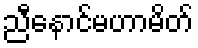
ညီနောင်မဟာမိတ်